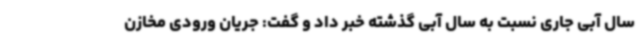
سال آبی جاری نسبت به سال آبی گذشته خبر داد و گفت: جریان ورودی مخازن